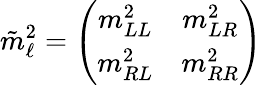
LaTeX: \tilde{m}_{\ell}^{2}=\left(\begin{array}{cc}{{m_{LL}^{2}}}&{{m_{LR}^{2}}}\\ {{m_{RL}^{2}}}&{{m_{RR}^{2}}}\end{array}\right)